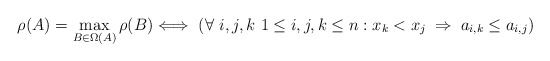
\begin{align*} \rho(A)=\max_{B\in\Omega(A)}\rho(B) \Longleftrightarrow\ \left(\forall\ i,j,k\ 1\leq i,j,k\leq n: x_k < x_j\;\Rightarrow\; a_{i,k}\leq a_{i,j}\right)\end{align*}